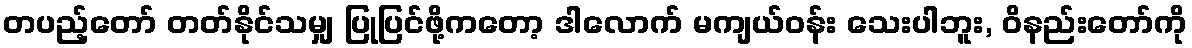
တပည့်တော် တတ်နိုင်သမျှ ပြုပြင်ဖို့ကတော့ ဒါလောက် မကျယ်ဝန်း သေးပါဘူး, ဝိနည်းတော်ကို